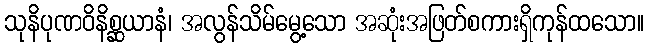
သုနိပုဏဝိနိစ္ဆယာနံ၊ အလွန်သိမ်မွေ့သော အဆုံးအဖြတ်စကားရှိကုန်ထသော။